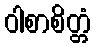
ဝါစာစိတ္တံ